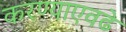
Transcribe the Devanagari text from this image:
करण्याएवढे